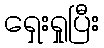
ရှေးရှုပြီး